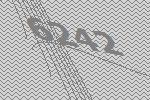
6242